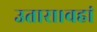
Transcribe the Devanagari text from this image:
उतारा।वहां